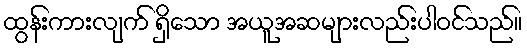
ထွန်းကားလျက် ရှိသော အယူအဆများလည်းပါဝင်သည်။